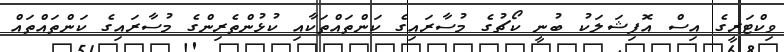
ވިކްޓަރީގެ އިސް އޮފިޝަލަކު ބުނީ ކޯޗުގެ މުސާރައިގެ ކަންތައްތަކާއި ކުޅުންތެރިންގެ މުސާރައިގެ ކަންތައްތައް